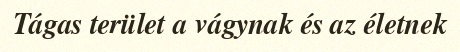
Tágas terület a vágynak és az életnek